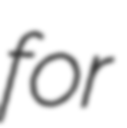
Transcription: for